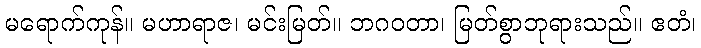
မရောက်ကုန်။ မဟာရာဇ၊ မင်းမြတ်။ ဘဂဝတာ၊ မြတ်စွာဘုရားသည်။ ဧတံ၊